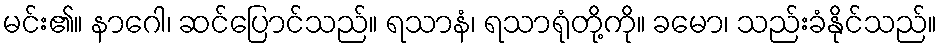
မင်း၏။ နာဂေါ၊ ဆင်ပြောင်သည်။ ရသာနံ၊ ရသာရုံတို့ကို။ ခမော၊ သည်းခံနိုင်သည်။